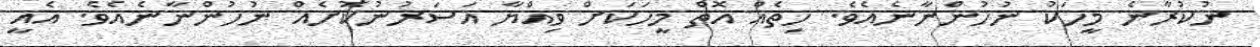
ނުކުރާނެ މީހަކު ނުހުންނާނެއެވެ. ހިތެއް އޮތް މީހަކަށް ވިއްޔާ އަސަރުނުކޮށެއް ނުހުންނާނެއެވެ. އެއީ